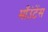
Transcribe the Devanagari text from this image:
माँउंटेंस